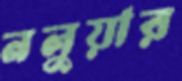
নলুয়ার